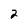
Character: 2